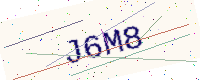
Text: J6M8